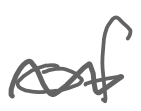
Text: of
Cross-out: mix
Writing tool: digital_gray